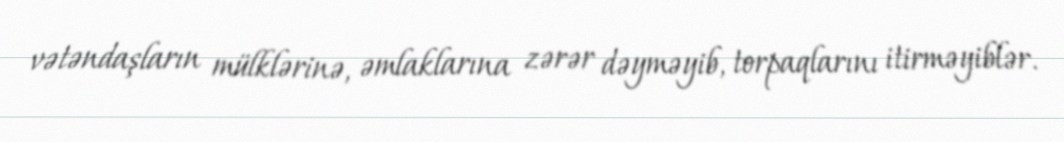
vətəndaşların mülklərinə, əmlaklarına zərər dəyməyib, torpaqlarını itirməyiblər.